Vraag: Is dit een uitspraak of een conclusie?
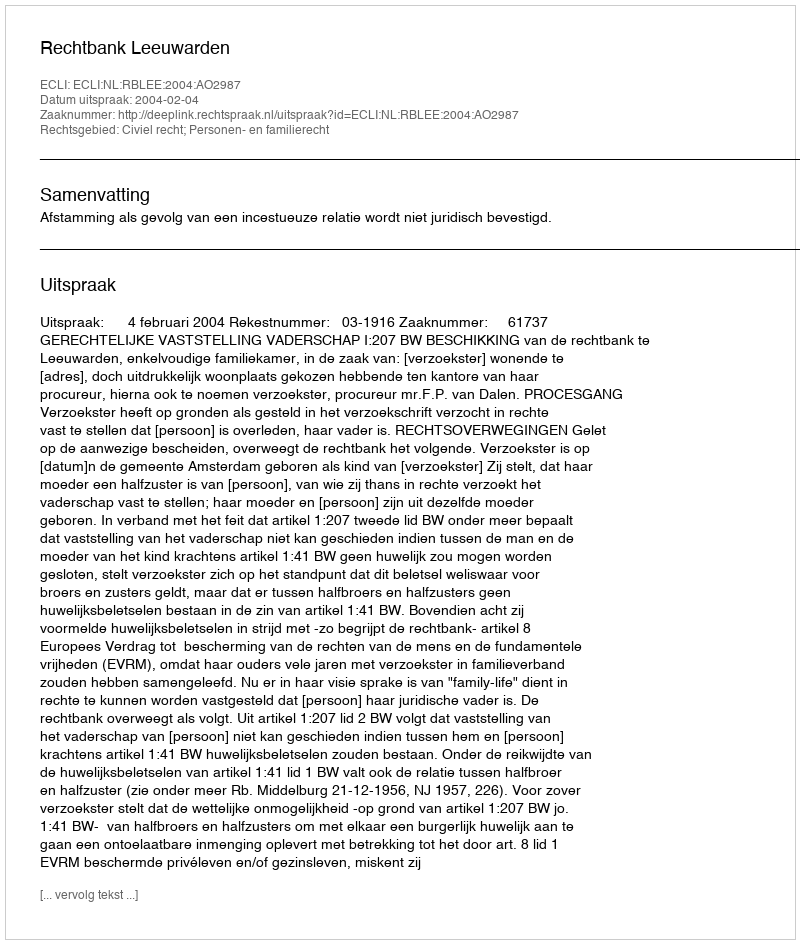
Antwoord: Uitspraak